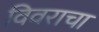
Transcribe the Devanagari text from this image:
विवराचा